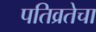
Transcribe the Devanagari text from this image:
पतिव्रतेचा